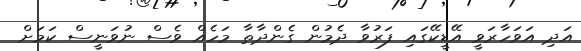
އަދި އަވަހާރަވީ އޭޑީކޭގައި ފަރުވާ ދެމުން ގެންދާތާ މަހެއް ވެސް ނުވަނީސް ކަމަށް